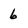
Character: 6